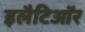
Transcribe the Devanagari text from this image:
इलैटिऑर